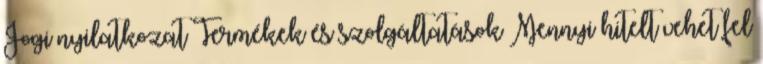
Jogi nyilatkozat Termékek és szolgáltatások Mennyi hitelt vehet fel